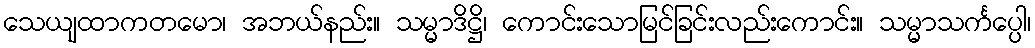
သေယျထာကတမော၊ အဘယ်နည်း။ သမ္မာဒိဋ္ဌိ၊ ကောင်းသောမြင်ခြင်းလည်းကောင်း။ သမ္မာသင်္ကပ္ပေါ၊